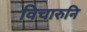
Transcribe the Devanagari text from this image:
विचारुनि